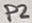
Text: P2